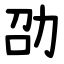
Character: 劭